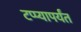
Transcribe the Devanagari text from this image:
टप्प्यापर्यंत